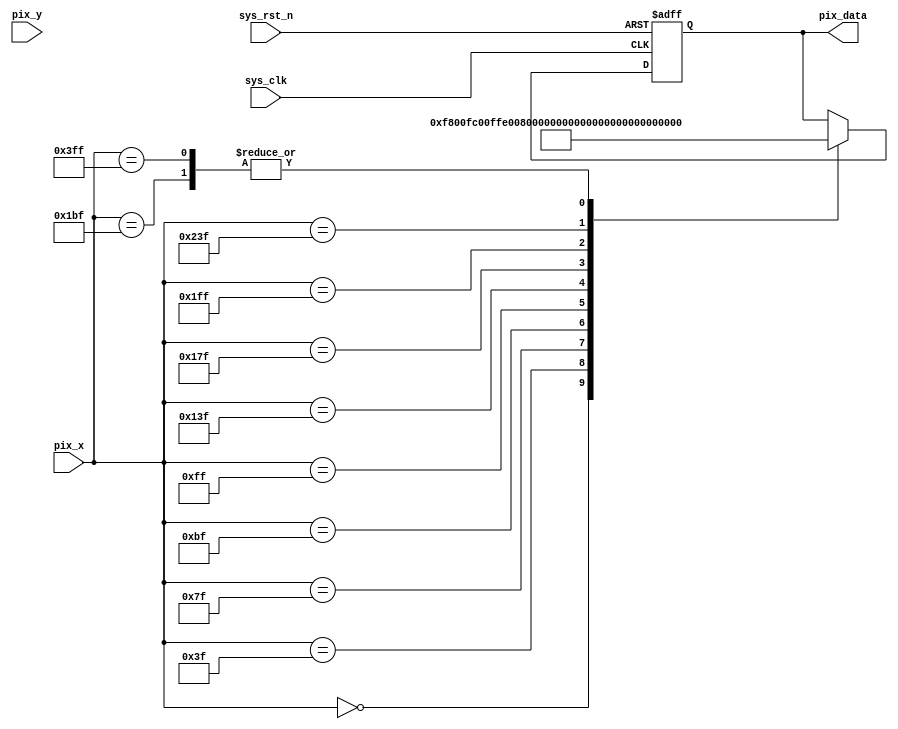
module  vga_pic
(
    input       wire            sys_clk     ,
    input       wire            sys_rst_n   ,
    input       wire   [9:0]    pix_x       ,
    input       wire   [9:0]    pix_y       ,
    
    output      reg    [15:0]   pix_data
);

parameter   H_VALID =   10'd640 ,   //horizontal valid datas
            V_VALID =   10'd480 ;   //vertical valid datas

parameter   RED     =   16'hF800,   
            ORANGE  =   16'hFC00,   
            YELLOW  =   16'hFFE0,   
            GREEN   =   16'h07E0,   
            CYAN    =   16'h07FF,   
            BLUE    =   16'h001F,   
            PURPPLE =   16'hF81F,   
            BLACK   =   16'h0000,   
            WHITE   =   16'hFFFF,   
            GRAY    =   16'hD69A;   

always@(posedge sys_clk or negedge sys_rst_n)
    if(sys_rst_n == 1'b0)
        pix_data <= BLACK;
    else
        case (pix_x)
        10'd0   :   pix_data <= RED; // define pix_x as 10 sections, each section represent corresponding color.
        10'd63  :   pix_data <= ORANGE  ;
        10'd127 :   pix_data <= YELLOW  ;
        10'd191 :   pix_data <= GREEN   ;
        10'd255 :   pix_data <= CYAN    ;
        10'd319 :   pix_data <= BLUE    ;
        10'd383 :   pix_data <= PURPPLE ;
        10'd447 :   pix_data <= BLACK   ;
        10'd511 :   pix_data <= WHITE   ;
        10'd575 :   pix_data <= GRAY    ;
        10'h3ff :   pix_data <= BLACK   ;
        default :   pix_data <= pix_data   ;
        endcase
    
    
    

endmodule